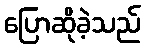
ပြောဆိုခဲ့သည်